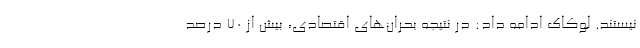
نیستند. لوکاک ادامه داد: در نتیجه بحران‌های اقتصادی، بیش از ۷۰ درصد